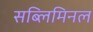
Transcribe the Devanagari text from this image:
सब्लिमिनल